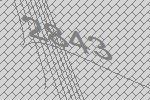
2843